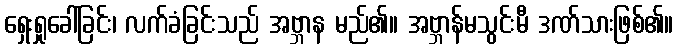
ရှေးရှုခေါ်ခြင်း၊ လက်ခံခြင်းသည် အဗ္ဘာန မည်၏။ အဗ္ဘာန်မသွင်းမီ ဒဏ်သားဖြစ်၏။